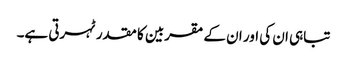
تباہی ان کی اور ان کے مقربین کا مقدر ٹہرتی ہے۔